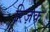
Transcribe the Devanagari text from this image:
रिज़क